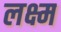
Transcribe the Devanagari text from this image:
लक्ष्म